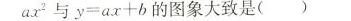
ax^2与y=ax+b的图象大致是()